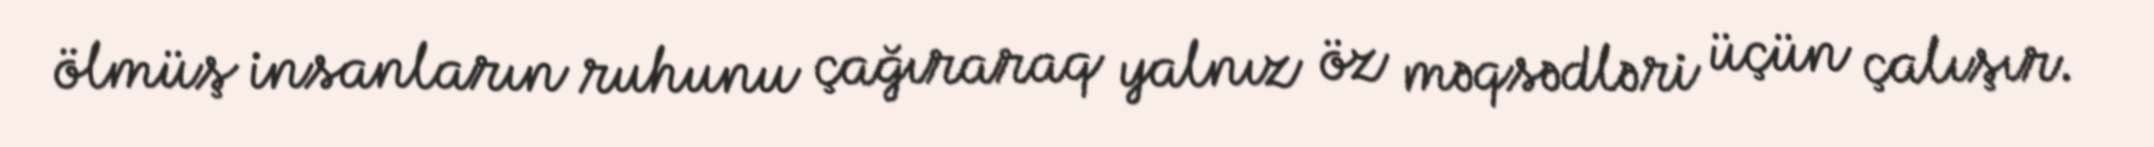
ölmüş insanların ruhunu çağıraraq yalnız öz məqsədləri üçün çalışır.